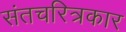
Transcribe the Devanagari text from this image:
संतचरित्रकार